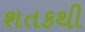
શતકથી